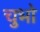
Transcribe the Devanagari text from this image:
चुभो